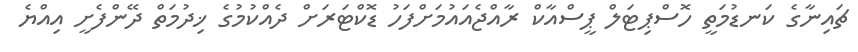
ޗައިނާގެ ކަނޑުމަތީ ހޮސްޕިޓަލް ޕީސްއާކް ރާއްޖެއައުމަށްފަހު ޑޮކްޓަރަށް ދެއްކުމުގެ ޚިދުމަތް ދޭންފެށީ އިއްޔެ